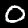
Label: 0